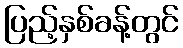
ပြည့်နှစ်ခန့်တွင်